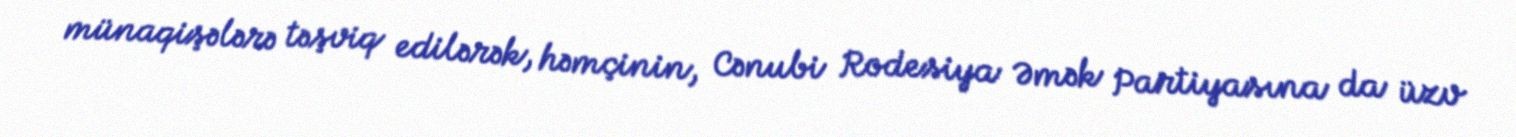
münaqişələrə təşviq edilərək, həmçinin, Cənubi Rodesiya Əmək Partiyasına da üzv